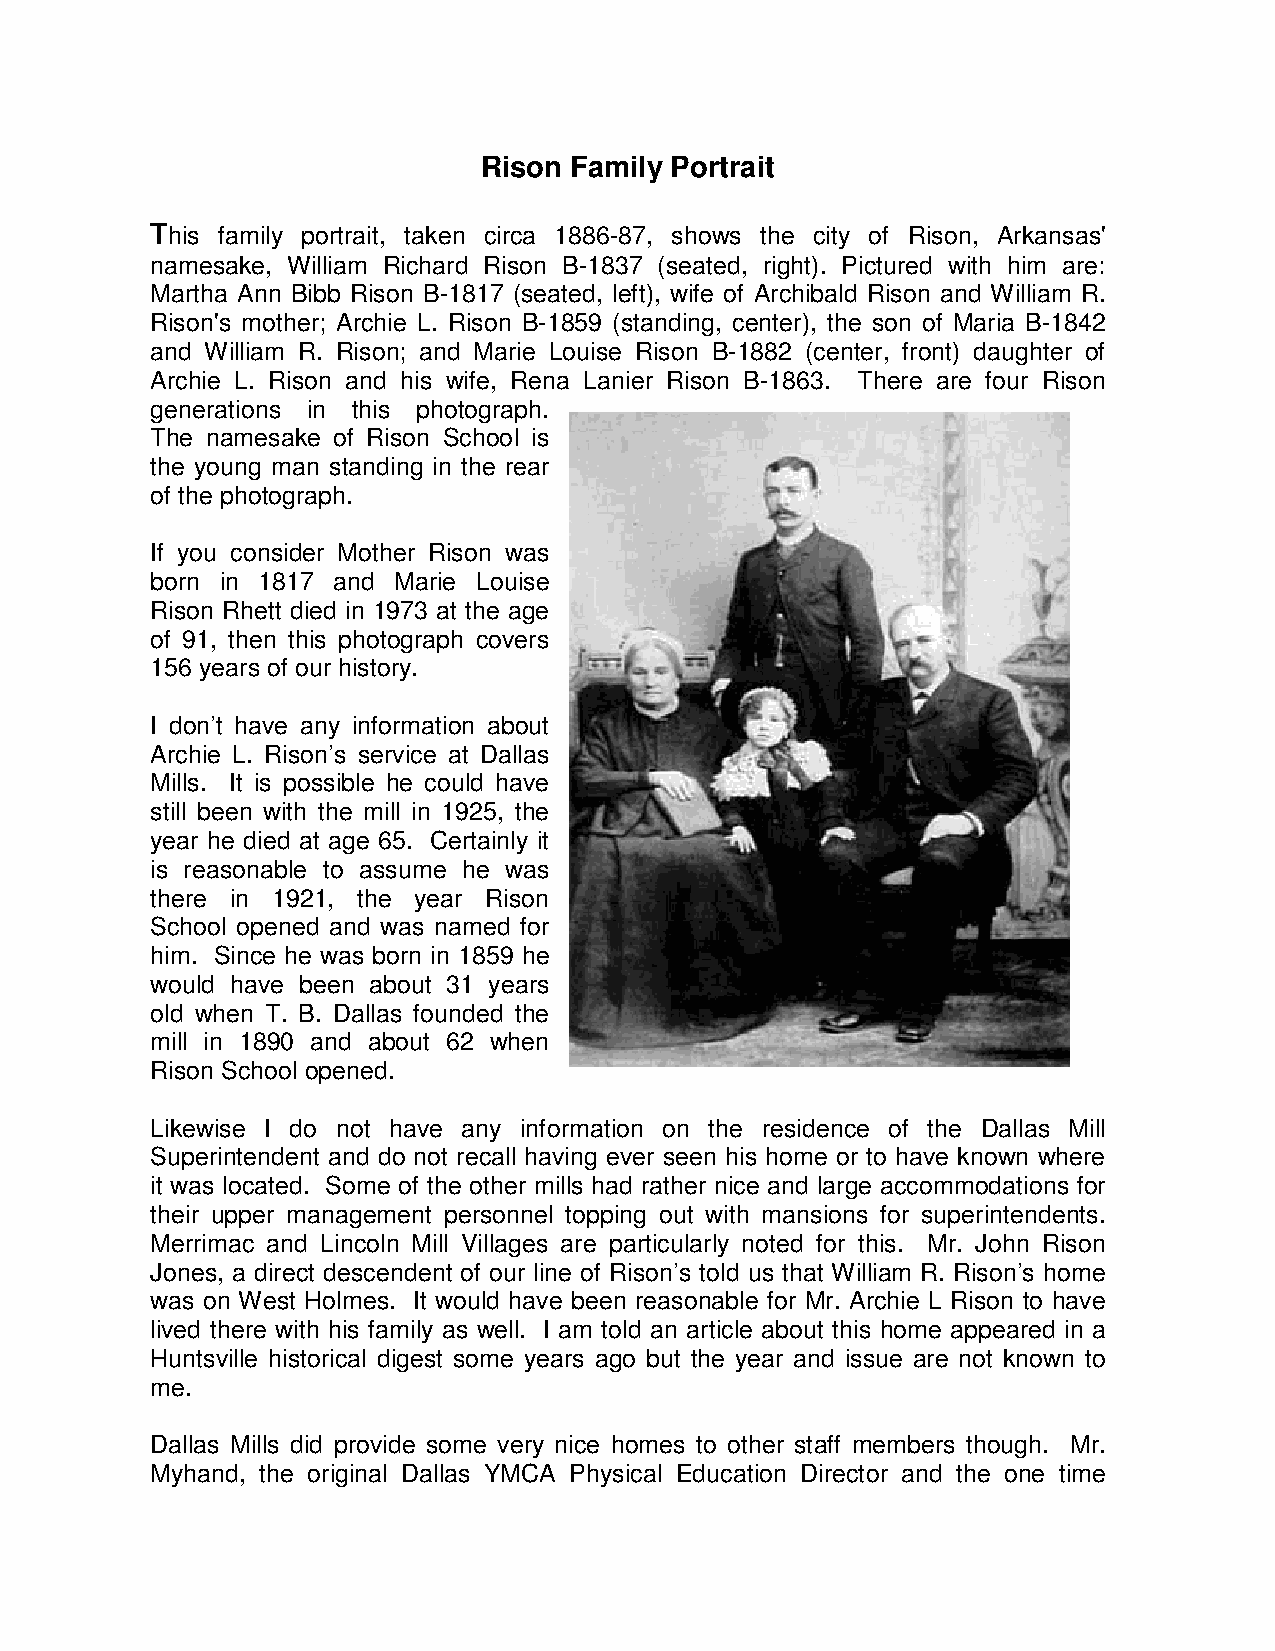
Rison Family Portrait
 This family portrait, taken circa 1886-87, shows the city of Rison, Arkansas'
 namesake, William Richard Rison B-1837 (seated, right). Pictured with him are:
 Martha Ann Bibb Rison B-1817 (seated, left), wife of Archibald Rison and William R.
 Rison's mother; Archie L. Rison B-1859 (standing, center), the son of Maria B-1842
 and William R. Rison; and Marie Louise Rison B-1882 (center, front) daughter of
 Archie L. Rison and his wife, Rena Lanier Rison B-1863. There are four Rison
 generations in this photograph.
 The namesake of Rison School is
 the young man standing in the rear
 of the photograph.
 If you consider Mother Rison was
 born in 1817 and Marie Louise
 Rison Rhett died in 1973 at the age
 of 91, then this photograph covers
 156 years of our history.
 I don’t have any information about
 Archie L. Rison’s service at Dallas
 Mills. It is possible he could have
 still been with the mill in 1925, the
 year he died at age 65. Certainly it
 is reasonable to assume he was
 there in 1921, the year Rison
 School opened and was named for
 him. Since he was born in 1859 he
 would have been about 31 years
 old when T. B. Dallas founded the
 mill in 1890 and about 62 when
 Rison School opened.
 Likewise I do not have any information on the residence of the Dallas Mill
 Superintendent and do not recall having ever seen his home or to have known where
 it was located. Some of the other mills had rather nice and large accommodations for
 their upper management personnel topping out with mansions for superintendents.
 Merrimac and Lincoln Mill Villages are particularly noted for this. Mr. John Rison
 Jones, a direct descendent of our line of Rison’s told us that William R. Rison’s home
 was on West Holmes. It would have been reasonable for Mr. Archie L Rison to have
 lived there with his family as well. I am told an article about this home appeared in a
 Huntsville historical digest some years ago but the year and issue are not known to
 me.
 Dallas Mills did provide some very nice homes to other staff members though. Mr.
 Myhand, the original Dallas YMCA Physical Education Director and the one time